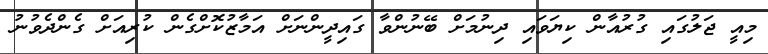
މިއީ ޖަލުގައި ގުރުއާން ކިޔަވައި ދިނުމަށް ބޭނުންވާ ގައިދީންނަށް އަމާޒުކޮށްގެން ކުރިއަށް ގެންދެވުނު